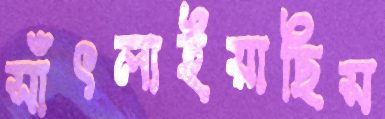
সাঁৎলাইয়াছিস